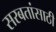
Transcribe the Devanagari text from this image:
सरबतांसाठी